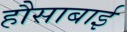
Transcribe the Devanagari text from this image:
हौसाबाई